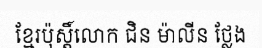
ខ្មែរប៉ុស្តិ៍លោក ជិន ម៉ាលីន ថ្លែង